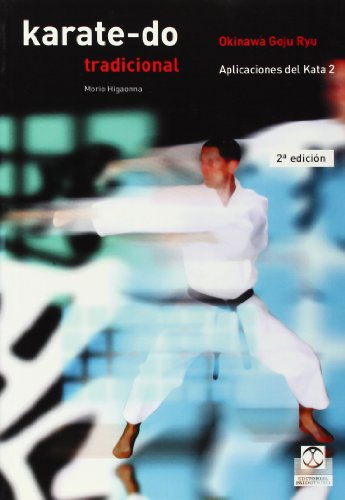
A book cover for Karate-Do Tradicional IV - Aplic. del Kata 2 (Spanish Edition); Carles Jardi Pinyol; Sports & Outdoors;